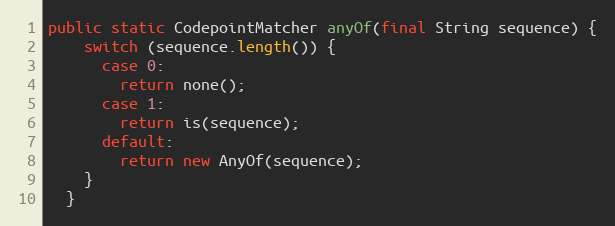
Language: Java
public static CodepointMatcher anyOf(final String sequence) {
    switch (sequence.length()) {
      case 0:
        return none();
      case 1:
        return is(sequence);
      default:
        return new AnyOf(sequence);
    }
  }